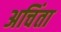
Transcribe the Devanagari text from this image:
अचिंता